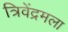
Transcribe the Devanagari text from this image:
त्रिवेंद्रमला